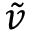
\tilde { v }